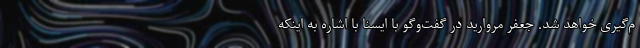
م‌گیری خواهد شد. جعفر مروارید در گفت‌وگو با ایسنا با اشاره به اینکه